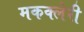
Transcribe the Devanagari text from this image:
मकक्लेरी